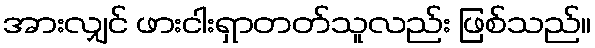
အားလျှင် ဖားငါးရှာတတ်သူလည်း ဖြစ်သည်။